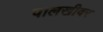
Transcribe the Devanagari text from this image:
पालखीवर